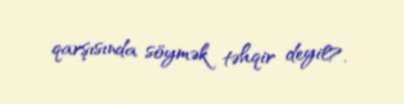
qarşısında söymək təhqir deyil?.